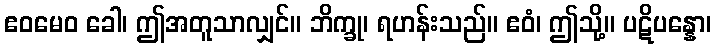
ဧဝမေဝ ခေါ၊ ဤအတူသာလျှင်။ ဘိက္ခု၊ ရဟန်းသည်။ ဧဝံ၊ ဤသို့။ ပဋိပန္နော၊